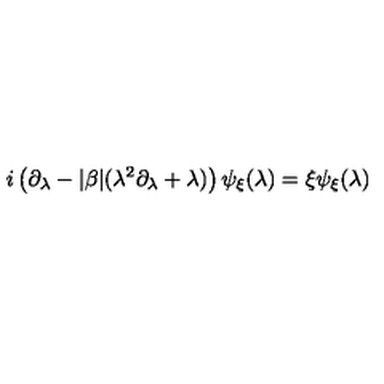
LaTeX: i \left( \partial _ { \lambda } - \vert \beta \vert ( \lambda ^ { 2 } \partial _ { \lambda } + \lambda ) \right) \psi _ { \xi } ( \lambda ) = \xi \psi _ { \xi } ( \lambda )